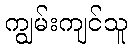
ကျွမ်းကျင်သူ